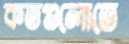
কতগুলোতে